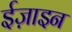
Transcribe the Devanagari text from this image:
ईज़ाइन